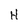
Character: H